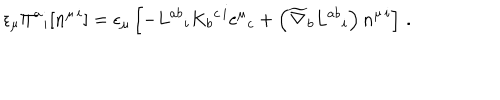
\epsilon _ { \mu } \Pi ^ { a } { } _ { i } [ n ^ { \mu \, i } ] = \epsilon _ { \mu } \left[ - L ^ { a b } { } _ { i } K _ { b } { } ^ { c \, i } e ^ { \mu } { } _ { c } + \left( \widetilde { \nabla } _ { b } L ^ { a b } { } _ { i } \right) n ^ { \mu \, i } \right] \, .